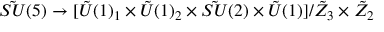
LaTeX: { \tilde { S U } } ( 5 ) \rightarrow [ { \tilde { U } } ( 1 ) _ { 1 } \times { \tilde { U } } ( 1 ) _ { 2 } \times { \tilde { S U } } ( 2 ) \times { \tilde { U } } ( 1 ) ] / { \tilde { Z } } _ { 3 } \times { \tilde { Z } } _ { 2 } \nonumber